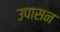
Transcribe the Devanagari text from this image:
उपासन